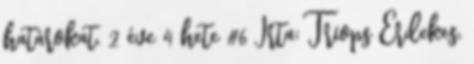
határokat. 2 éve 4 hete #6 Írta: Triops Érdekes,